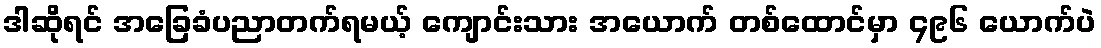
ဒါဆိုရင် အခြေခံပညာတက်ရမယ့် ကျောင်းသား အယောက် တစ်ထောင်မှာ ၄၉၆ ယောက်ပဲ